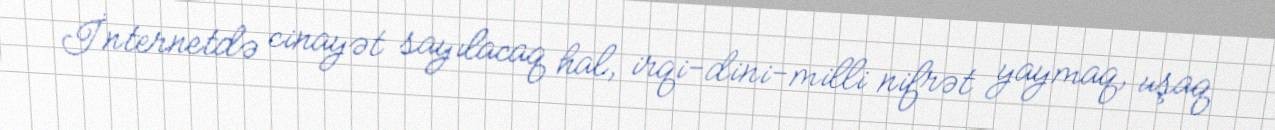
İnternetdə cinayət sayılacaq hal, irqi-dini-milli nifrət yaymaq, uşaq